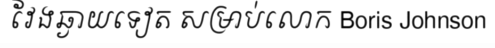
វែងឆ្ងាយទៀត សម្រាប់លោក Boris Johnson